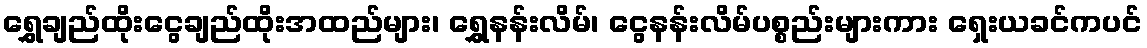
ရွှေချည်ထိုးငွေချည်ထိုးအထည်များ၊ ရွှေနန်းလိမ်၊ ငွေနန်းလိမ်ပစ္စည်းများကား ရှေးယခင်ကပင်